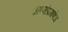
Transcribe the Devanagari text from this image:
अण्णांप्रमाणेच